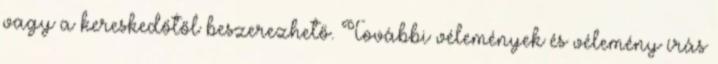
vagy a kereskedőtől beszerezhető. További vélemények és vélemény írás